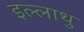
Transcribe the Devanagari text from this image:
इल्लाथु